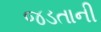
જડતાની